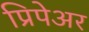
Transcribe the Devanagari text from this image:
प्रिपेअर